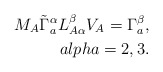
\begin{align*}M_{A}\tilde{\Gamma}_{a}^{\alpha}L^{\beta}_{A\alpha}V_{A}=\Gamma_{a}^{\beta},\\alpha=2,3.\end{align*}